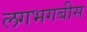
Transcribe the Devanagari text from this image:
लगभगबीस